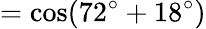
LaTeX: =\cos(72^{\circ}+18^{\circ})